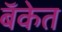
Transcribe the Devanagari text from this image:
बॅकेत